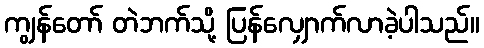
ကျွန်တော် တဲဘက်သို့ ပြန်လျှောက်လာခဲ့ပါသည်။